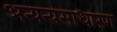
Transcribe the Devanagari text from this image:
अन्यन्यसाधारण